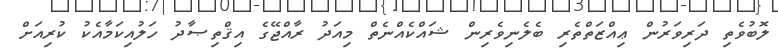
ލޮބުވެތި ދަރިވަރުން ޢިއްޒަތްތެރި ބެލެނިވެރިން ޝައްކެއްނެތް މިއަދު ރާއްޖޭގެ އިޤްތިޞާދު ހަލުއިކަމާއެކު ކުރިއަށް